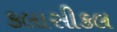
કલાસીકલ